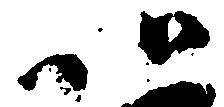
以